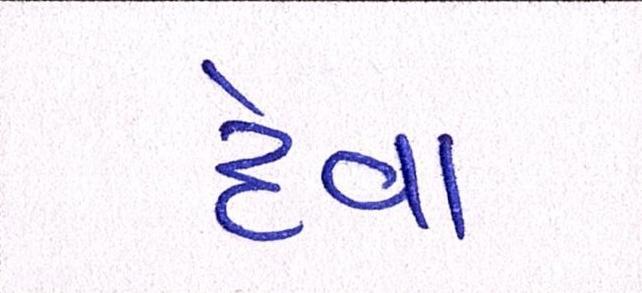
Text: દેવા